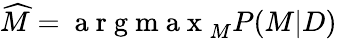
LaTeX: \widehat{M}=\mathrm{~a~r~g~m~a~x~}_{M}P(M|D)